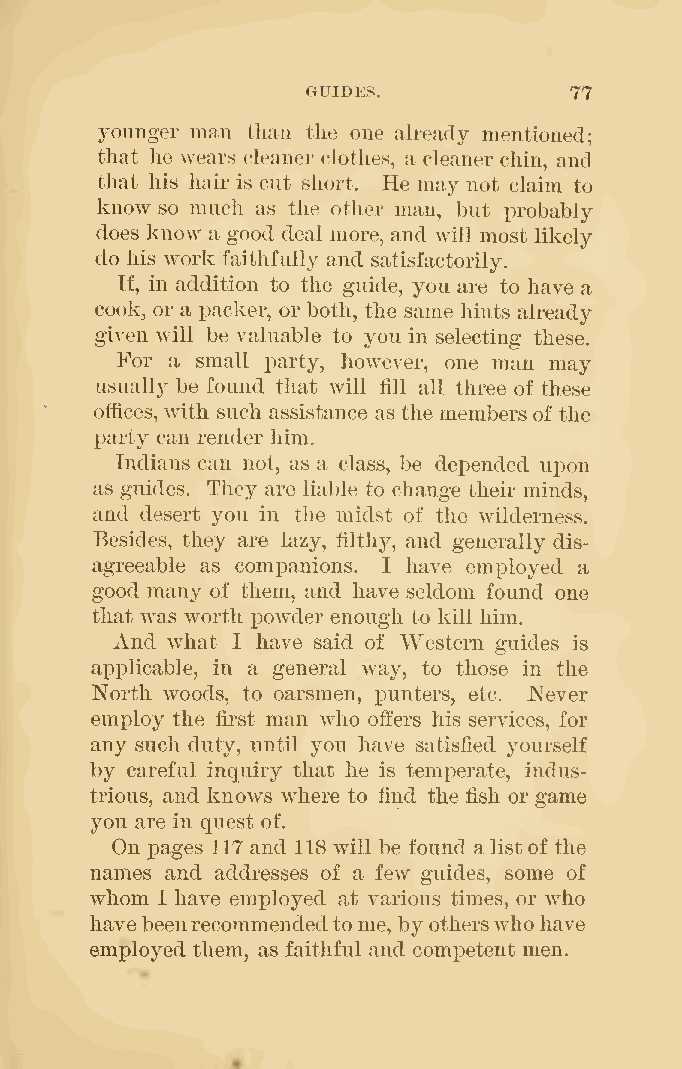
GUIDES.           77
 younger man than the one already mentioned;
 that he wears cleaner clothes, a cleaner chin, and
 that his hair is cut short. He may not claim to
 know so much as the other man, but probably
 does know a good deal more, and will most likely
 do his work faithfully and satisfactorily.
 If, in addition to the guide, you are to have a
 cook, or a packer, or both, the same hints already
 given will be valuable to you in selecting these.
 For a small party, however, one man may
 usually be found that will fill all three of these
 offices, with such assistance as the members of the
 party can render him.
 Indians can not, as a class, be depended upon
 as guides. They are liable to change their minds,
 and desert you in the midst of the wilderness.
 Besides, they are lazy, lilthy, and generally dis-
 agreeable as comx3anions. I have employed a
 good many of them, and have seldom found one
 that was worth powder enough to kill him.
 And what I have said of Western guides is
 applicable, in a general way, to those in the
 North woods, to oarsmen, punters, etc. Never
 employ the first man who ofl:'ers his services, for
 any such duty, until you have satisfied yourself
 by careful inquiry that he is temperate, indus-
 trious, and knows where to find the fish or game
 you are in quest of.
 On pages 117 and 118 will be found alistof the
 names and addresses of a few guides, some of
 whom I have employed at various times, or who
 have beenrecommendedtome, by otherswho have
 employed them, as faithful and competent men.